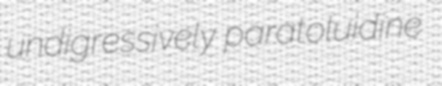
undigressively paratoluidine